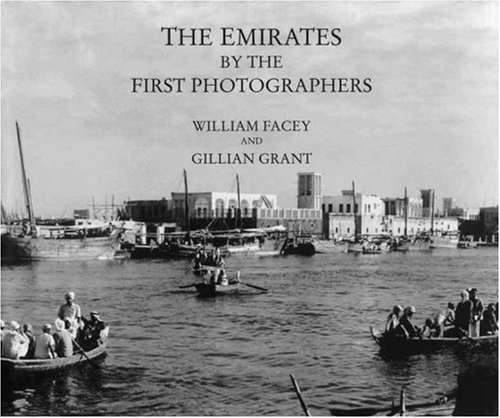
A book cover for Emirates by the First Photographers; William FACEY; History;